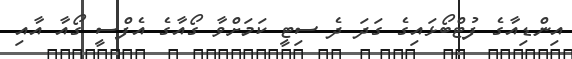
އިންޑިއާގެ ފުޓްބޯޅައިގެ ގަދަ ދެ ސިޓީ ކަމަށްވާ ގޯއާގެ އެފްސީ ގޯއާ އާއި